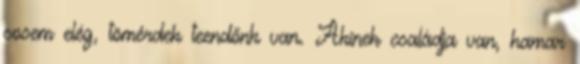
sosem elég, tömérdek teendőnk van. Akinek családja van, hamar